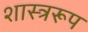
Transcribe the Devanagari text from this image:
शास्त्ररूप